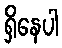
ရှိနေပါ